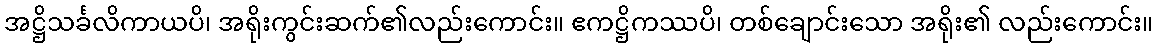
အဋ္ဌိသင်္ခလိကာယပိ၊ အရိုးကွင်းဆက်၏လည်းကောင်း။ ဧကဋ္ဌိကဿပိ၊ တစ်ချောင်းသော အရိုး၏ လည်းကောင်း။